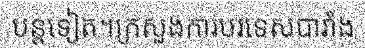
បន្តទៀត។ក្រសួងការបរទេសបារាំង